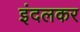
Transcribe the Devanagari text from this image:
इंदलकर